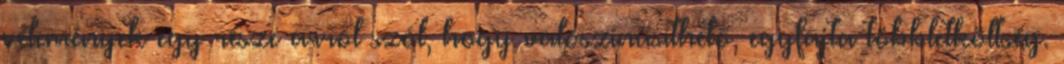
vélemények egy része arról szól, hogy valószínűsíthető, egyfajta többletköltség.